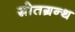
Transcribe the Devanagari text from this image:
स्रोतग्रन्थ